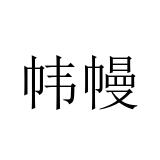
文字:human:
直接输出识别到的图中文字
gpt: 帏幔